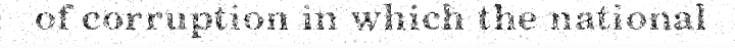
of corruption in which the national